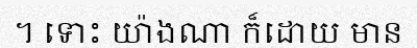
។ ទោះ យ៉ាងណា ក៏ដោយ មាន